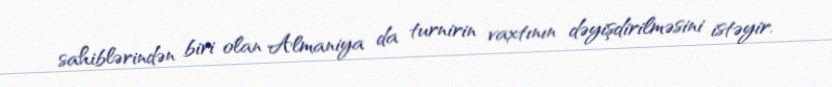
sahiblərindən biri olan Almaniya da turnirin vaxtının dəyişdirilməsini istəyir.